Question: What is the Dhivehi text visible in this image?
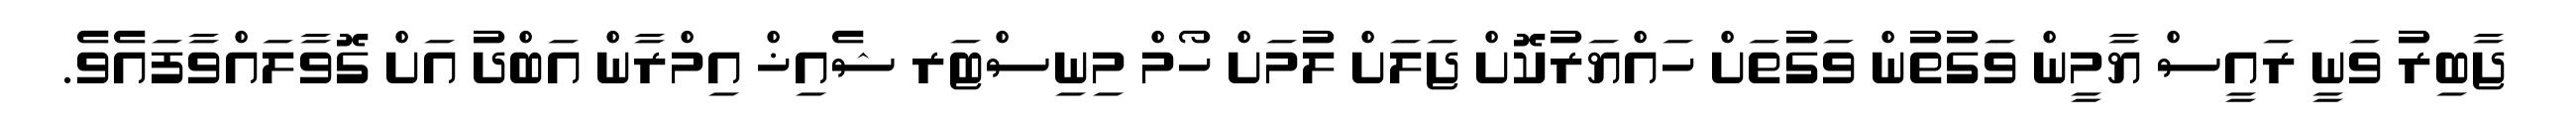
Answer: ޖާބިރު ވަނީ ރައީސް ޔާމީން ވަގުތުން ވަގުތަށް ހައްޔަރުކޮށް ޖަލަށް ލުމަށް ހޯމް މިނިސްޓަރ ޝެއިޚް އިމްރާން އަބްދު އަށް ގޮވާލައްވާފައެވެ.